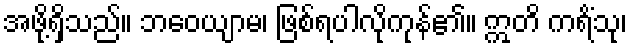
အဖို့ရှိသည်။ ဘဝေယျာမ၊ ဖြစ်ရပါလိုကုန်၏။ ဣတိ ကရိံသု၊